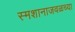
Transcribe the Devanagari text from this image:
स्मशानाजवळच्या